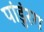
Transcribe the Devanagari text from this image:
पांडुंरग